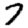
Digit: 7